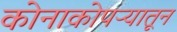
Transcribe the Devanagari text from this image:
कोनाकोपऱ्यातून